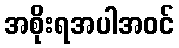
အစိုးရအပါအဝင်